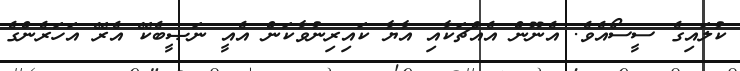
ކުލައިގެ ސީސޯއެވެ. އެނޫން އެއްޗަކާއި އާޔާ ކައިރިނުވާކަން އެއީ ނަޞީބެކޭ އެރޭ އަހަރެންގެ